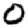
Digit: 0